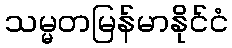
သမ္မတမြန်မာနိုင်ငံ